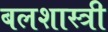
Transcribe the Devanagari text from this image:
बलशास्त्री